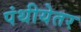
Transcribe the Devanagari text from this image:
पंथीयेतर